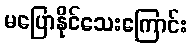
မပြောနိုင်သေးကြောင်း